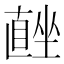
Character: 𭅨